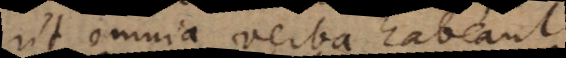
ut omnia verba habeant